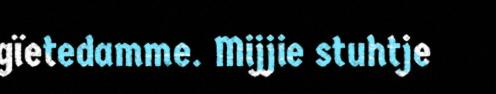
gïetedamme. Mijjie stuhtje